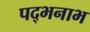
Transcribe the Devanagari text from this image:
पद्भनाभ